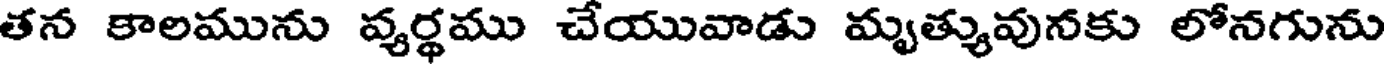
తన కాలమును వ్యర్థము చేయువాడు మృత్యువునకు లోనగును